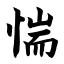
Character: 惴